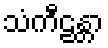
သံကီဠန္တာ